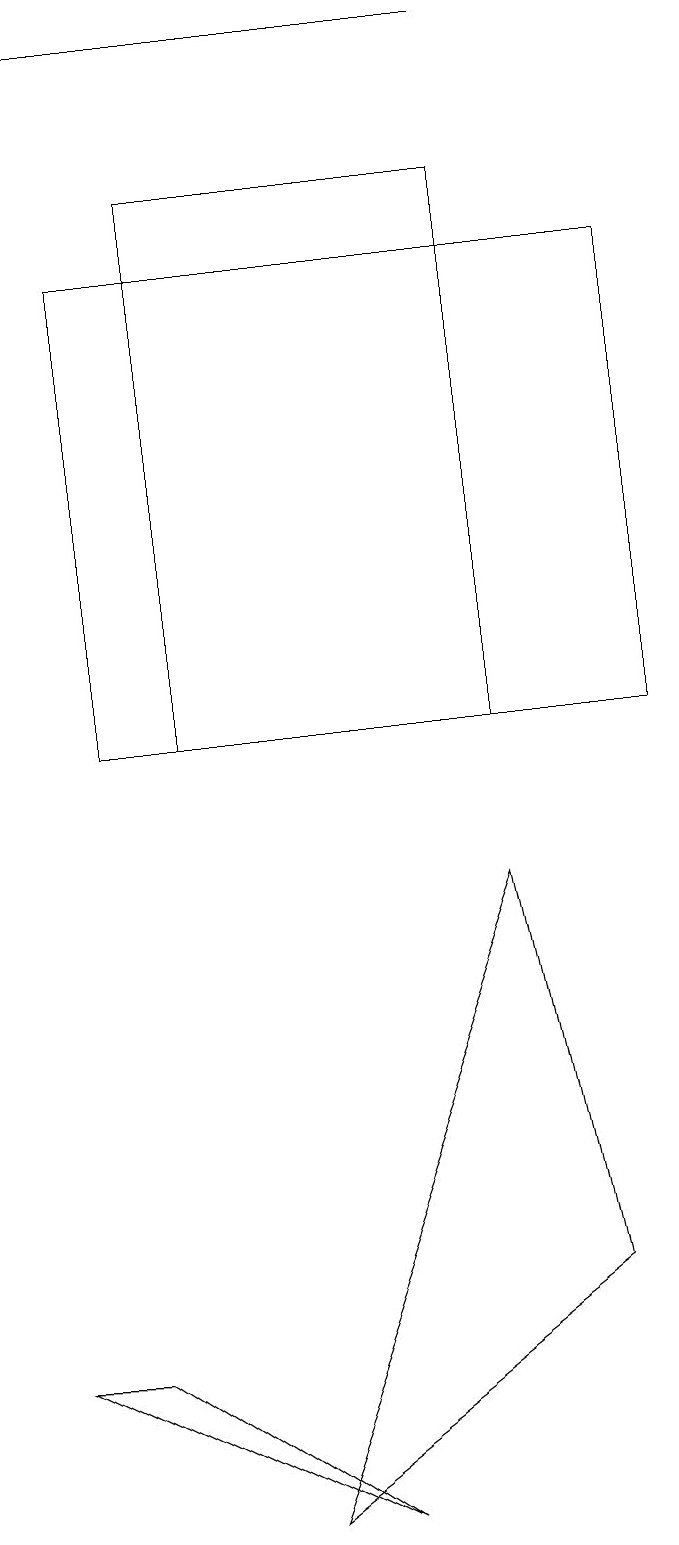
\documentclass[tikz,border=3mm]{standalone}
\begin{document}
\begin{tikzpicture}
\draw (1,16) rectangle (8,10);
\draw[->] (6,19) -- (0,19);
\draw (2,10) rectangle (6,17);
\draw (1,2) -- (4,0) -- (0,2) -- cycle;
\draw (7,3) -- (3,0) -- (6,8) -- cycle;
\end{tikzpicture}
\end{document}